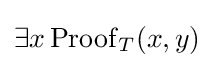
\exists x\operatorname {Proof} _{T}(x,y)